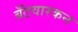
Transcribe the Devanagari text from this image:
बँटवारकन